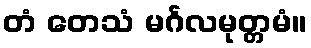
တံ တေသံ မင်္ဂလမုတ္တမံ။